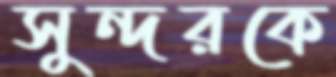
সুন্দরকে